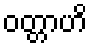
ဝတ္တာဟိ